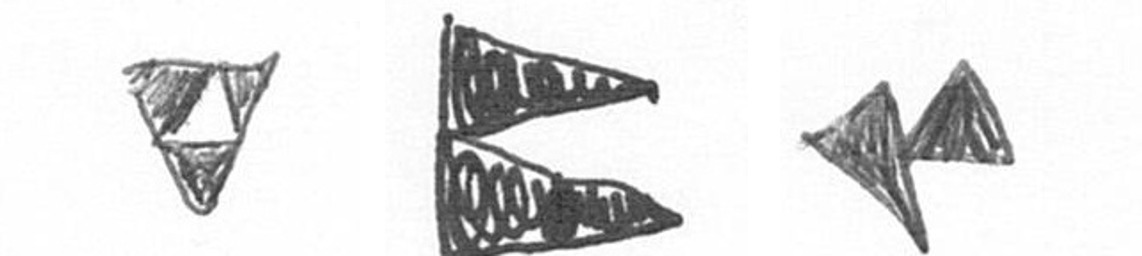
S P F